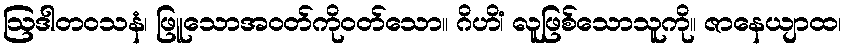
ဩဒါတဝသနံ၊ ဖြူသောအဝတ်ကိုဝတ်သော။ ဂိဟိံ၊ လူဖြစ်သောသူကို။ ဇာနေယျာထ၊